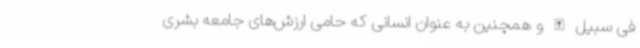
فی سبیل الله و همچنین به عنوان انسانی که حامی ارزش‌های جامعه بشری